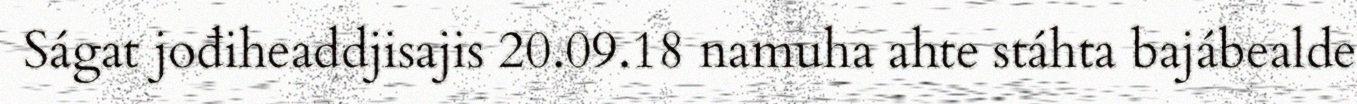
Ságat jođiheaddjisajis 20.09.18 namuha ahte stáhta bajábealde